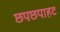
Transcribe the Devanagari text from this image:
छपछपाहट